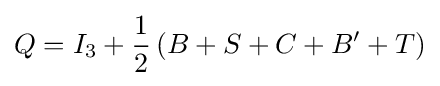
Q=I_{3}+{\frac {1}{2}}\left(B+S+C+B^{\prime }+T\right)